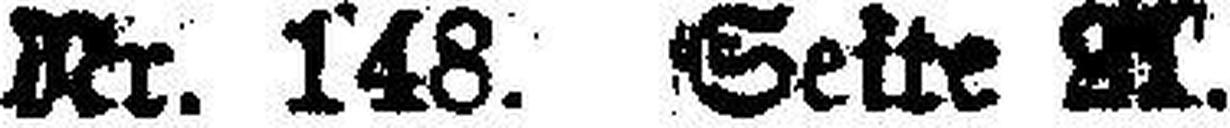
Nr. 148. Seite 21.